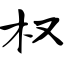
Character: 权